Jarvakandi_vallavalitsus, lk 14
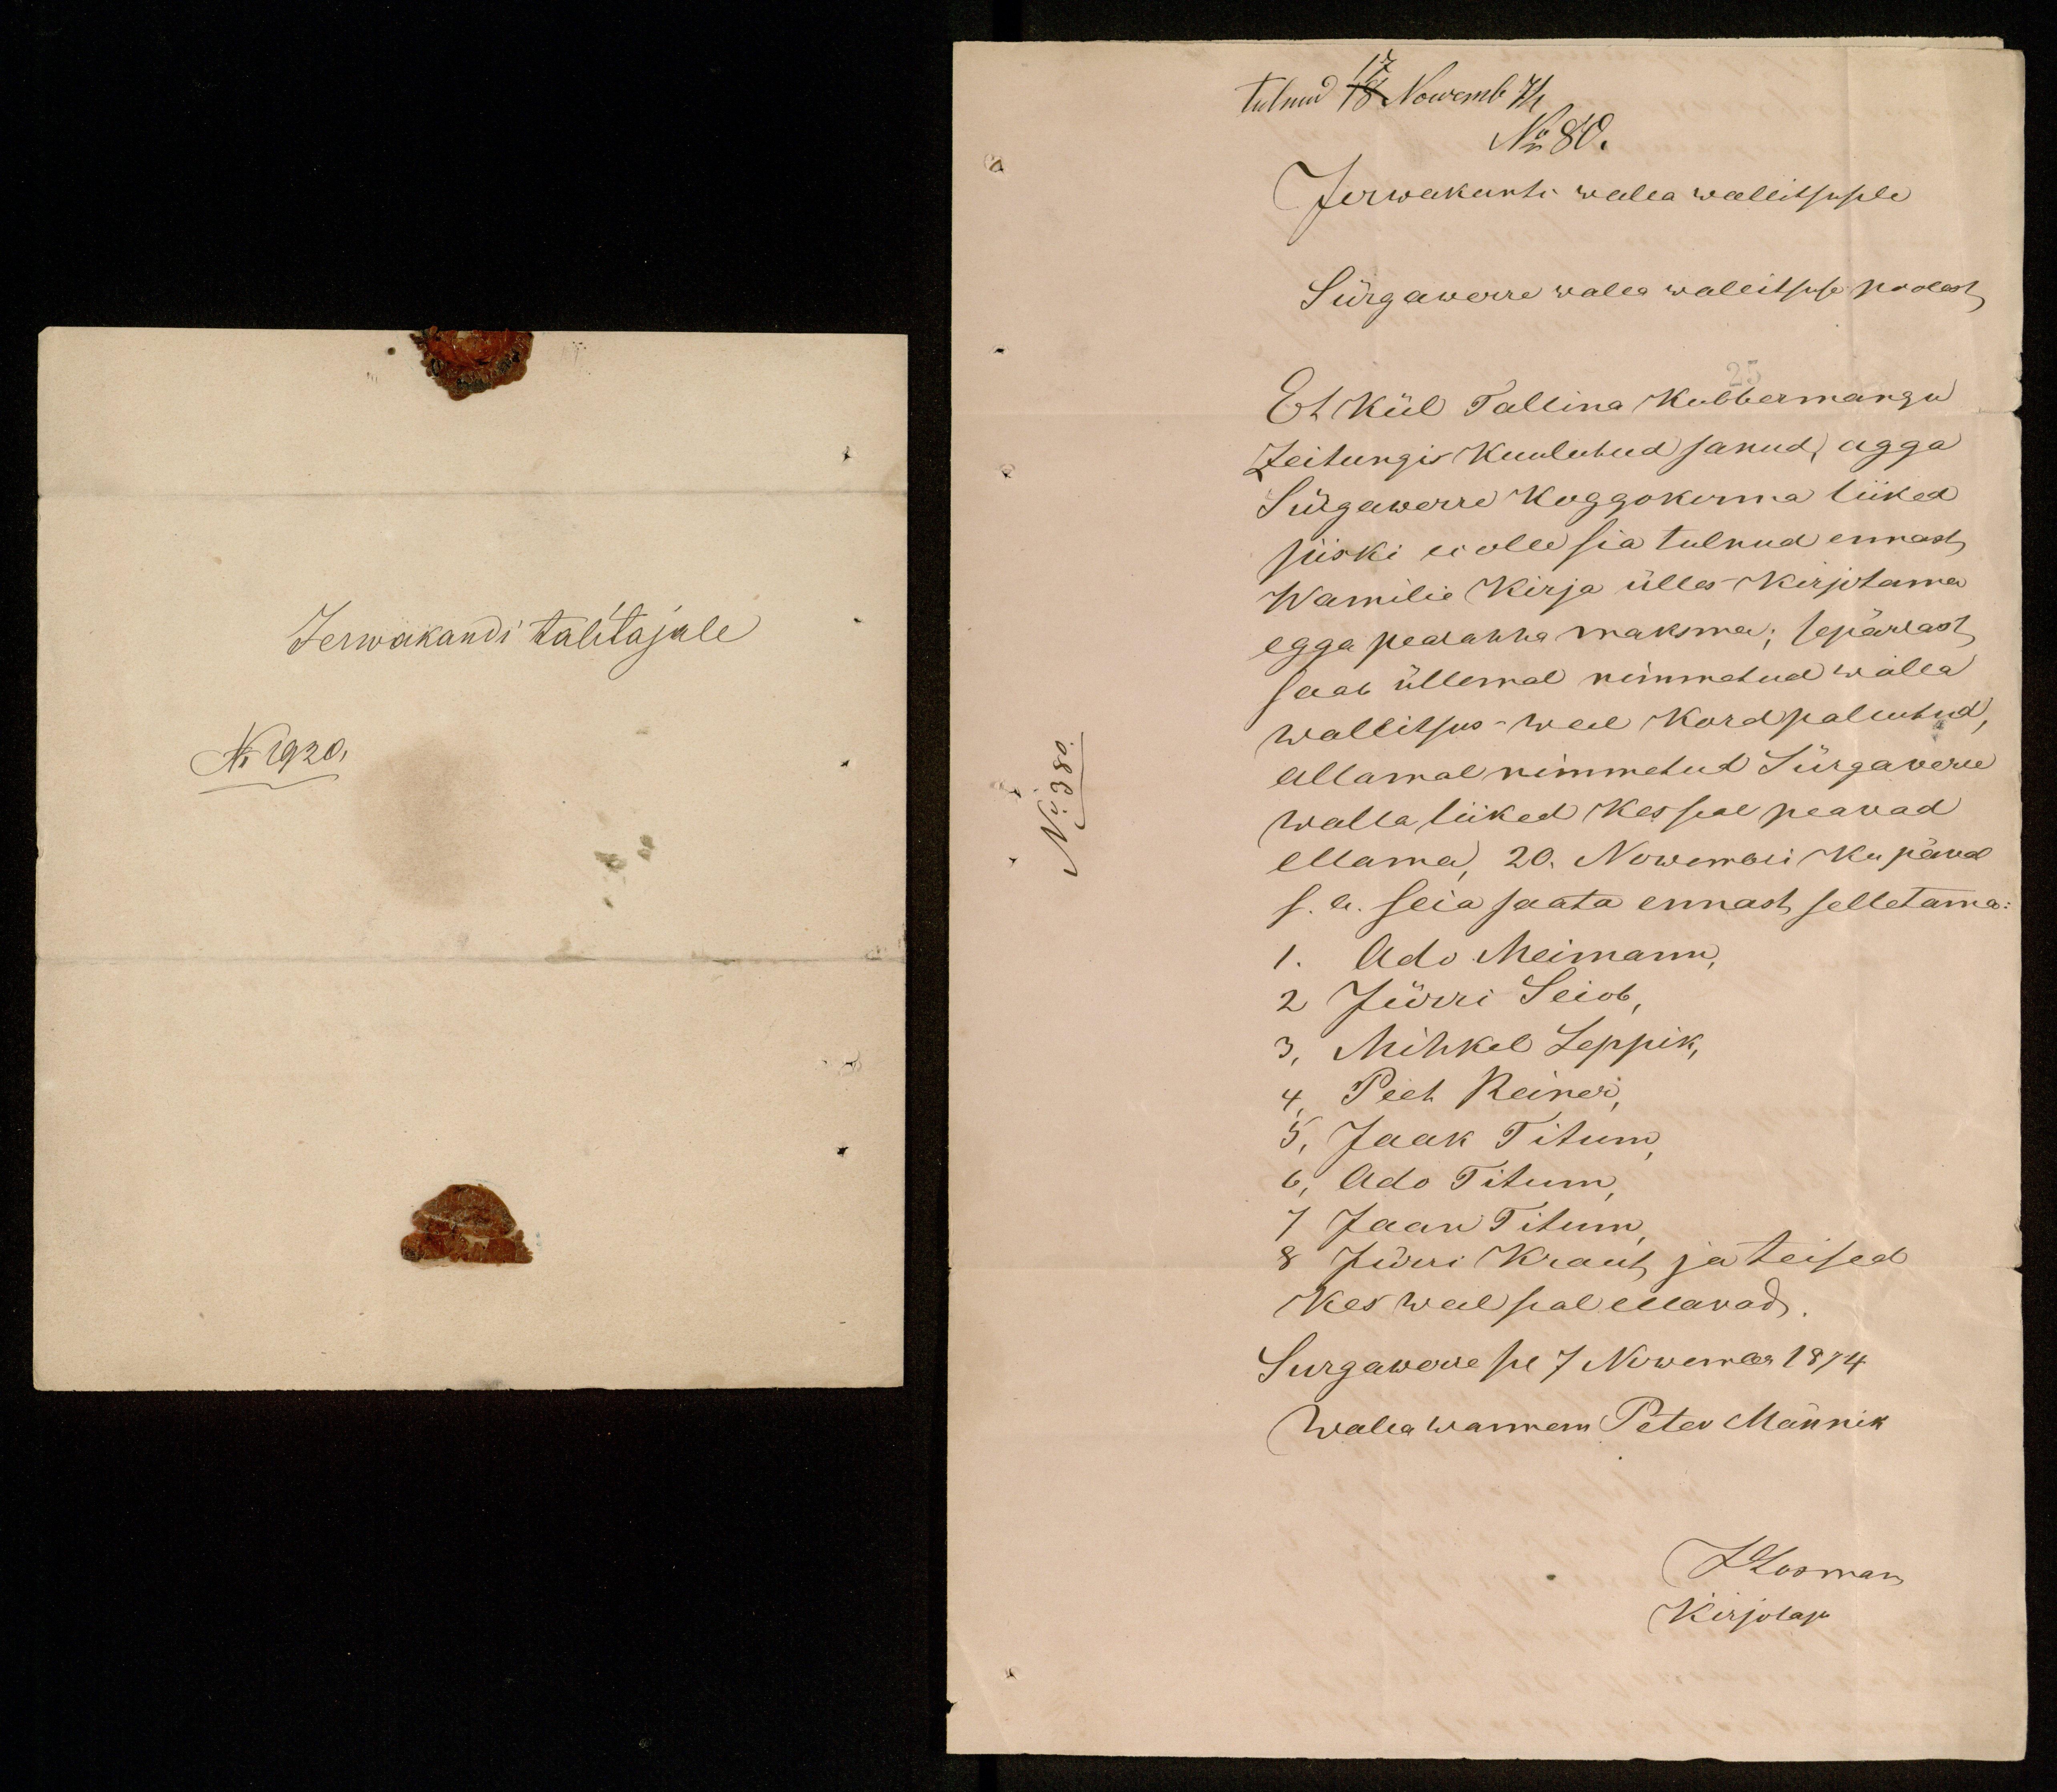
Jerwakandi talitajale
No 1920

tulnud 17 Nowemb 74
No 80.
Jerwakunti walla wallitsusele
Sürgawerre walla walitsuse poolest
Et Kül Tallina Kubermangu
Zeitungis kuulutud sanud, agga
Sürgawerre koggokonna liiked
siiski ei olle sia tulnud ennast
Wamilie Kirja ülles kirjutama
egga pearahha maksma; sepärlast
saab üllemal nimedud walla
wallitsus weel kord palutud,
allamal nimmetut Sürgawere
walla liiked kes seal peawad
ellama 20. Nowembri ku päwal
s.a. seia saata ennast selletama
1. Ado Meimann,
2 Jürri Seiob,
3, Mihkel Leppik,
4. Peeb Reiner,
5, Jaak Titum,
6, Ado Titum,
7 Jaan Titum
8 Jürri Kraus ja teised
Kes weel seal ellawad
Surgawene sel 7 Nowembr 1874
Walla wannem Peter Männik
J Rosman
Kirjotaja